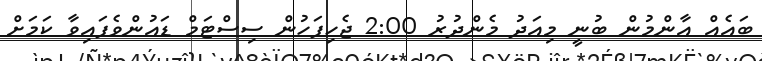
ބައެއް އާންމުން ބުނީ މިއަދު މެންދުރު 2:00 ޖެހިފަހުން ސިސްޓަމް ޑައުންވެފައިވާ ކަމަށް